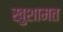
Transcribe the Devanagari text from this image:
खुशामत